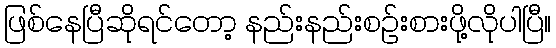
ဖြစ်နေပြီဆိုရင်တော့ နည်းနည်းစဉ်းစားဖို့လိုပါပြီ။